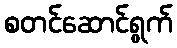
စတင်ဆောင်ရွက်